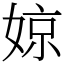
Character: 婛